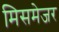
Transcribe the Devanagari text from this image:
मिसमेजर